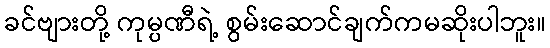
ခင်ဗျားတို့ ကုမ္ပဏီရဲ့ စွမ်းဆောင်ချက်ကမဆိုးပါဘူး။